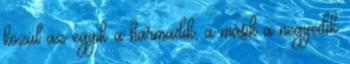
közül az egyik a harmadik, a másik a negyedik